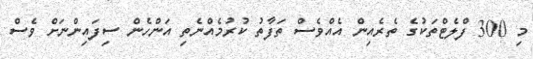
މި 300 ފްލެޓްތަކުގެ ތެރެއިން އެއްވެސް ތަފާތު ކުރުމެއްނެތި އަންހެން ސިފައިންނަށް ވެސް